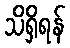
သိရှိရန်